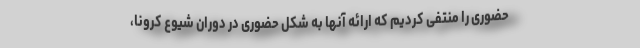
حضوری را منتفی کردیم که ارائه آنها به شکل حضوری در دوران شیوع کرونا،